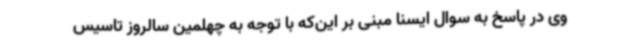
وی در پاسخ به سوال ایسنا مبنی بر این‌که با توجه به چهلمین سالروز تاسیس